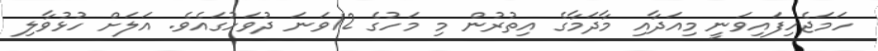
ހަމަޖެހިފައިވަނީ މިއަދާއި މާދަމާގެ އިތުރުން މި މަހުގެ 12ވަނަ ދުވަހުގައެވެ. އަލަށް ހުޅުވާލި